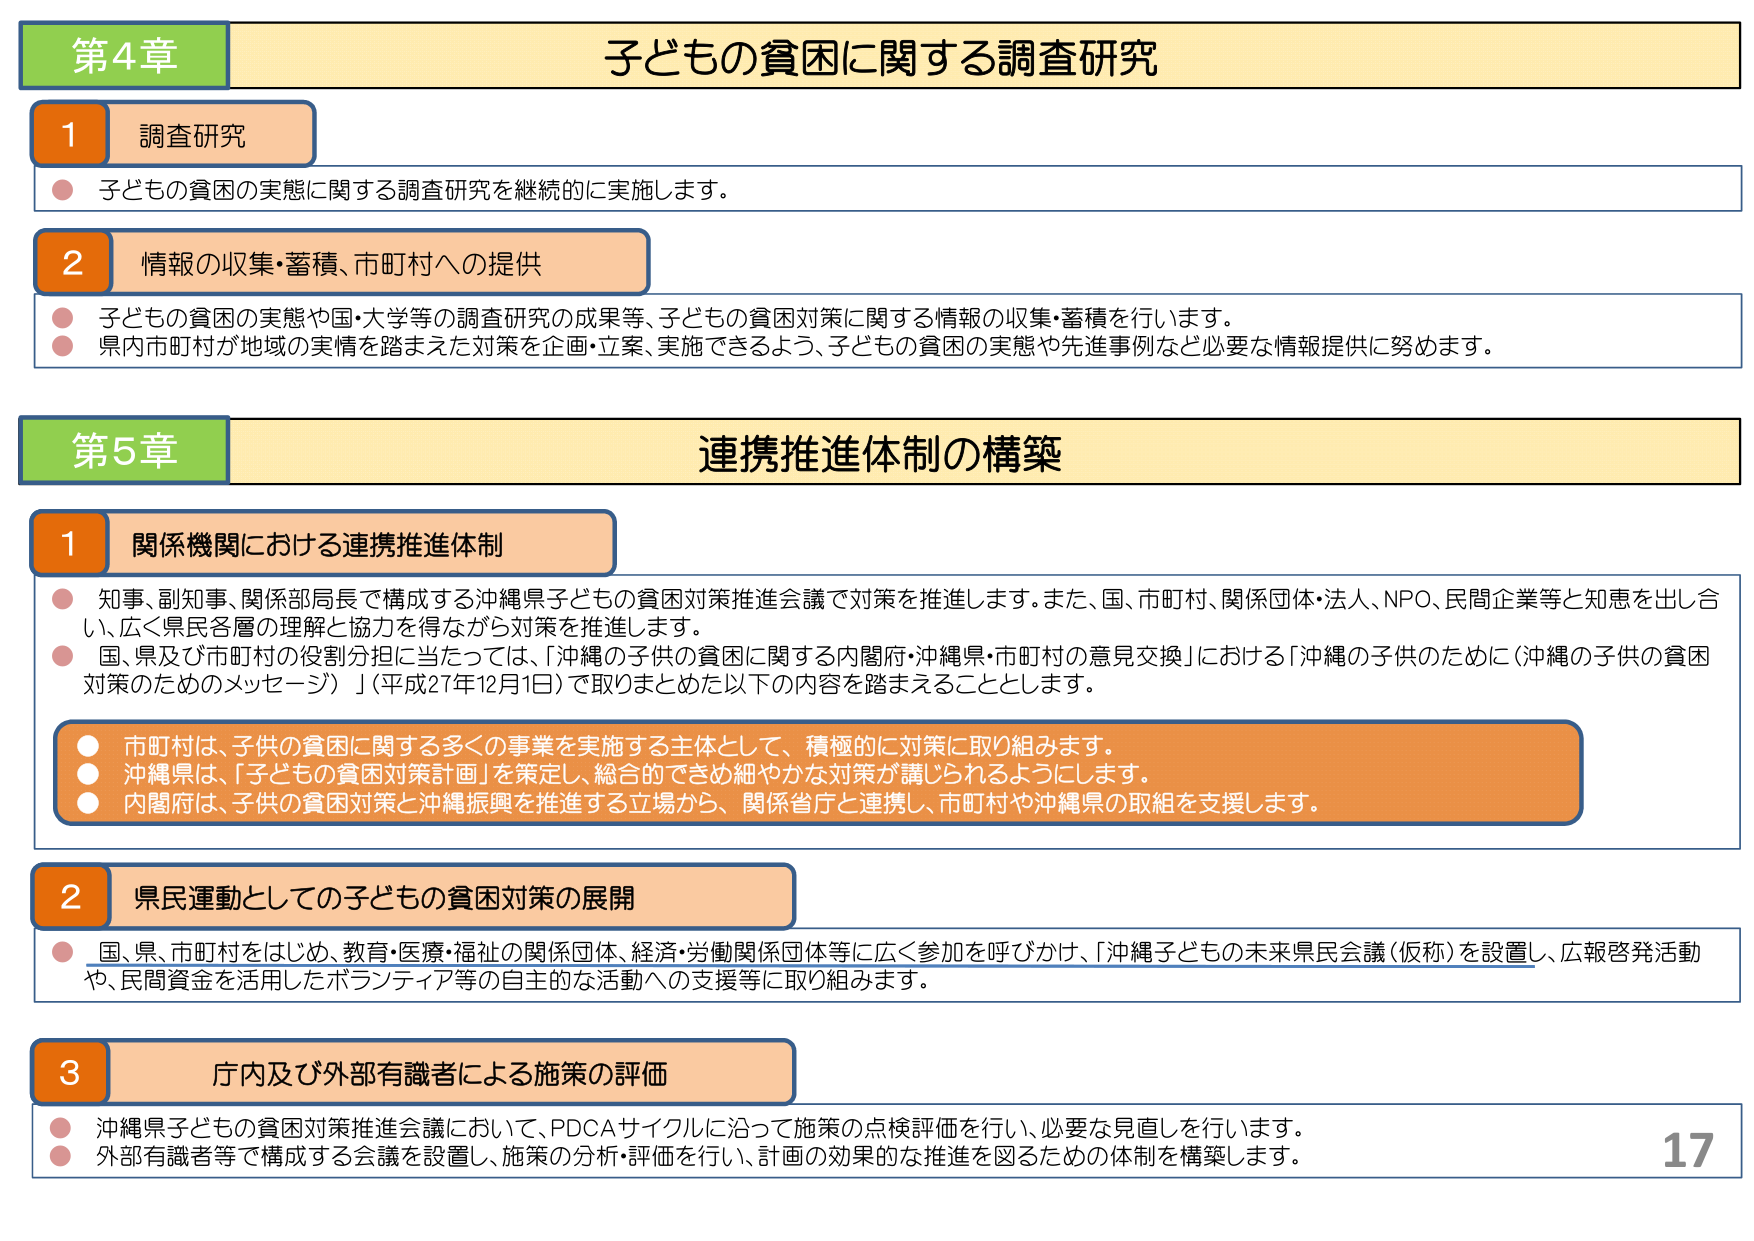
第4章 子どもの貧困に関する調査研究

1 調査研究
● 子どもの貧困の実態に関する調査研究を継続的に実施します。

2 情報の収集・蓄積、市町村への提供
● 子どもの貧困の実態や国・大学等の調査研究の成果等、子どもの貧困対策に関する情報の収集・蓄積を行います。
● 県内市町村が地域の実情を踏まえた対策を企画・立案、実施できるよう、子どもの貧困の実態や先進事例など必要な情報提供に努めます。

第5章 連携推進体制の構築

1 関係機関における連携推進体制
● 知事、副知事、関係部局長で構成する沖縄県子どもの貧困対策推進会議で対策を推進します。また、国、市町村、関係団体・法人、NPO、民間企業等と知恵を出し合い、広く県民各層の理解と協力を得ながら対策を推進します。
● 国、県及び市町村の役割分担に当たっては、「沖縄の子供の貧困に関する内閣府・沖縄県・市町村の意見交換」における「沖縄の子供のために（沖縄の子供の貧困対策のためのメッセージ）」（平成27年12月1日）で取りまとめた以下の内容を踏まえることとします。
○ 市町村は、子供の貧困に関する多くの事業を実施する主体として、積極的に対策に取り組みます。
○ 沖縄県は、「子どもの貧困対策計画」を策定し、総合的できめ細やかな対策が講じられるようにします。
○ 内閣府は、子供の貧困対策と沖縄振興を推進する立場から、関係省庁と連携し、市町村や沖縄県の取組を支援します。

2 県民運動としての子どもの貧困対策の展開
● 国、県、市町村をはじめ、教育・医療・福祉の関係団体、経済・労働関係団体等に広く参加を呼びかけ、「沖縄子どもの未来県民会議（仮称）」を設置し、広報啓発活動や、民間資金を活用したボランティア等の自主的な活動への支援等に取り組みます。

3 庁内及び外部有識者による施策の評価
● 沖縄県子どもの貧困対策推進会議において、PDCAサイクルに沿って施策の点検評価を行い、必要な見直しを行います。
● 外部有識者等で構成する会議を設置し、施策の分析・評価を行い、計画の効果的な推進を図るための体制を構築します。

17